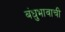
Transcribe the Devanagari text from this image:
बंधुभावाची